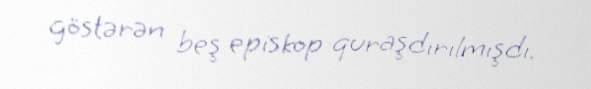
göstərən beş episkop quraşdırılmışdı.